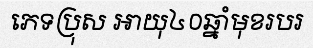
ភេទប្រុស អាយុ៤០ឆ្នាំមុខរបរ